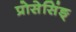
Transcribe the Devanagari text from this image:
प्रोसेसिंङ्